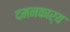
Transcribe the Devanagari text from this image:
दमनकार्य